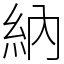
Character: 納